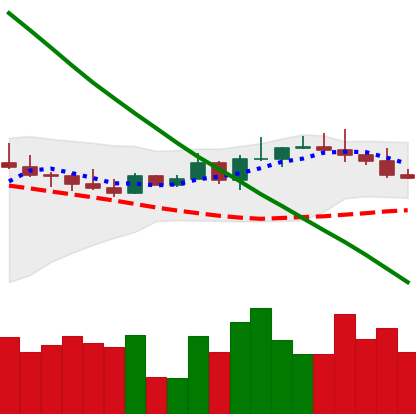
Ticker: BTC-USD
Chart end date: 2022-08-18
Forward return: -7.257%
Label: down_7plus